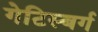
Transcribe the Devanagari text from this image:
गेटिस्बर्ग